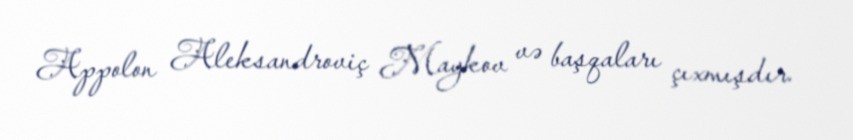
Appolon Aleksandroviç Maykov və başqaları çıxmışdır.